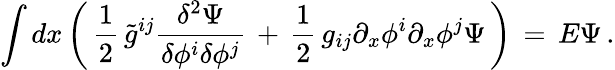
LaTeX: \int dx\left(\, {\frac{1}{2}}\, \tilde{g}^{ij}{\frac{\delta^{2}\Psi}{\delta\phi^{i}\delta\phi^{j}}}\, +\, {\frac{1}{2}}\, g_{ij}\partial_{x}\phi^{i}\partial_{x}\phi^{j}\Psi\, \right)\, =\, E\Psi\, .